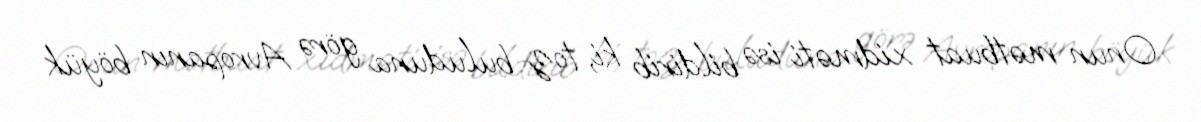
Onun mətbuat xidməti isə bildirib ki, toz buluduna görə Avropanın böyük